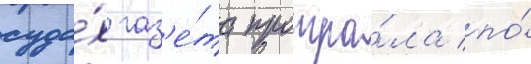
суда́х газ'е́та проигра́ла по́